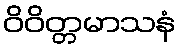
ဝိဝိတ္တမာသနံ